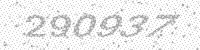
Solution: 290937